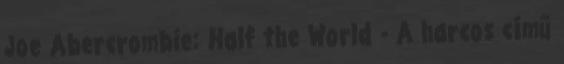
Joe Abercrombie: Half the World - A harcos című